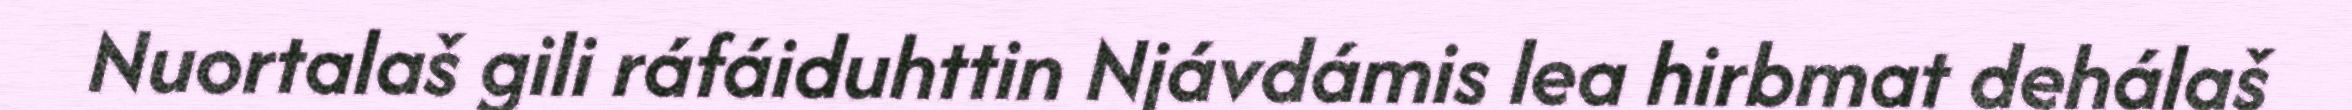
Nuortalaš gili ráfáiduhttin Njávdámis lea hirbmat dehálaš